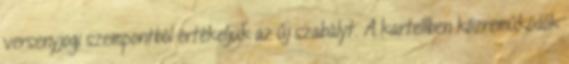
versenyjogi szempontból értékeljük az új szabályt. A kartellben közreműködők